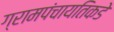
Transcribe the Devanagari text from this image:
ग्रामपंचायतिकडे